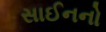
સાઈનનો